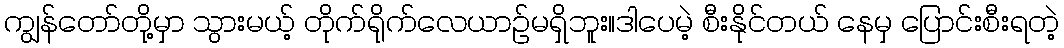
ကျွန်တော်တို့မှာ သွားမယ့် တိုက်ရိုက်လေယာဉ်မရှိဘူး။ဒါပေမဲ့ စီးနိုင်တယ် နေမှ ပြောင်းစီးရတဲ့